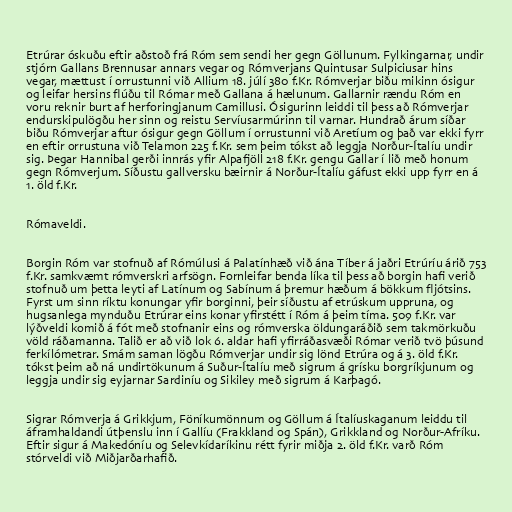
Etrúrar óskuðu eftir aðstoð frá Róm sem sendi her gegn Göllunum. Fylkingarnar, undir
stjórn Gallans Brennusar annars vegar og Rómverjans Quintusar Sulpiciusar hins
vegar, mættust í orrustunni við Allium 18. júlí 380 f.Kr. Rómverjar biðu mikinn ósigur
og leifar hersins flúðu til Rómar með Gallana á hælunum. Gallarnir rændu Róm en
voru reknir burt af herforingjanum Camillusi. Ósigurinn leiddi til þess að Rómverjar
endurskipulögðu her sinn og reistu Servíusarmúrinn til varnar. Hundrað árum síðar
biðu Rómverjar aftur ósigur gegn Göllum í orrustunni við Aretíum og það var ekki fyrr
en eftir orrustuna við Telamon 225 f.Kr. sem þeim tókst að leggja Norður-Ítalíu undir
sig. Þegar Hannibal gerði innrás yfir Alpafjöll 218 f.Kr. gengu Gallar í lið með honum
gegn Rómverjum. Síðustu gallversku bæirnir á Norður-Ítalíu gáfust ekki upp fyrr en á
1. öld f.Kr.

Rómaveldi.

Borgin Róm var stofnuð af Rómúlusi á Palatínhæð við ána Tíber á jaðri Etrúríu árið 753
f.Kr. samkvæmt rómverskri arfsögn. Fornleifar benda líka til þess að borgin hafi verið
stofnuð um þetta leyti af Latínum og Sabínum á þremur hæðum á bökkum fljótsins.
Fyrst um sinn ríktu konungar yfir borginni, þeir síðustu af etrúskum uppruna, og
hugsanlega mynduðu Etrúrar eins konar yfirstétt í Róm á þeim tíma. 509 f.Kr. var
lýðveldi komið á fót með stofnanir eins og rómverska öldungaráðið sem takmörkuðu
völd ráðamanna. Talið er að við lok 6. aldar hafi yfirráðasvæði Rómar verið tvö þúsund
ferkílómetrar. Smám saman lögðu Rómverjar undir sig lönd Etrúra og á 3. öld f.Kr.
tókst þeim að ná undirtökunum á Suður-Ítalíu með sigrum á grísku borgríkjunum og
leggja undir sig eyjarnar Sardiníu og Sikiley með sigrum á Karþagó.

Sigrar Rómverja á Grikkjum, Föníkumönnum og Göllum á Ítalíuskaganum leiddu til
áframhaldandi útþenslu inn í Gallíu (Frakkland og Spán), Grikkland og Norður-Afríku.
Eftir sigur á Makedóníu og Selevkídaríkinu rétt fyrir miðja 2. öld f.Kr. varð Róm
stórveldi við Miðjarðarhafið.